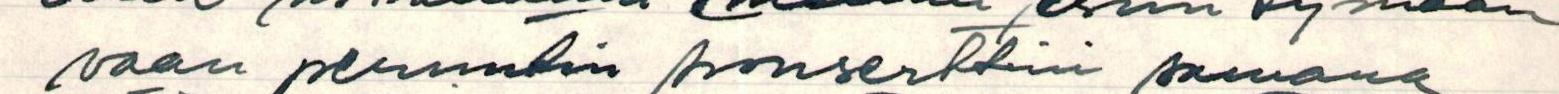
vaan peruutin konserttini samana